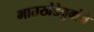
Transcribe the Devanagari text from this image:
भातखंडेबुवांचे